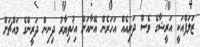
ޒަލަފްއަކީ އަރީޝާގެ ވެސް ދަރިއެއް އަހަރެން އޭނާއަށް އިޚުތިޔާރު ދިނިން ދަރީންގެ މައްޗަށް